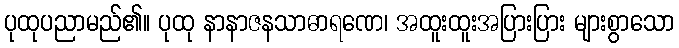
ပုထုပညာမည်၏။ ပုထု နာနာဇနသာဓာရဏေ၊ အထူးထူးအပြားပြား များစွာသော